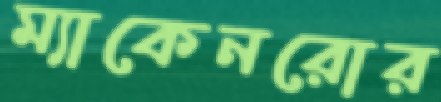
ম্যাকেনরোর